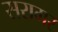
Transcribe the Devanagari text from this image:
सरागर